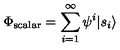
\Phi _ { \mathrm { s c a l a r } } = \sum _ { i = 1 } ^ { \infty } \psi ^ { i } | s _ { i } \rangle